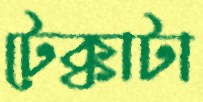
টেক্কাটা